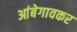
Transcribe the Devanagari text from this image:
आंबेगावकर